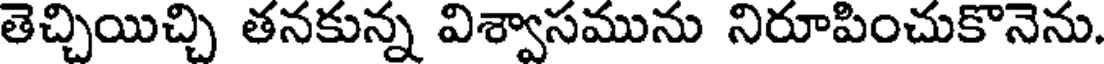
తెచ్చియిచ్చి తనకున్న విశ్వాసమును నిరూపించుకొనెను.